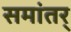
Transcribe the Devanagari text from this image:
समांतर्